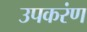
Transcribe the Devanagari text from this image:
उपकरंण